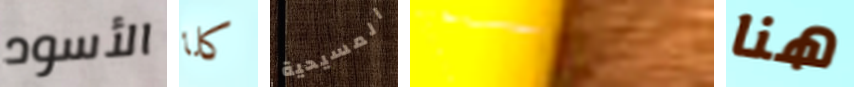
الأسود كلا المسيحية سيقتلوني هنا